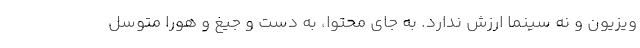
ویزیون و نه سینما ارزش ندارد. به جایِ محتوا، به دست و جیغ و هورا متوسل